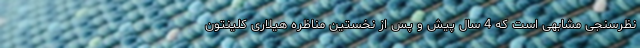
نظرسنجی مشابهی است که 4 سال پیش و پس از نخستین مناظره هیلاری کلینتون